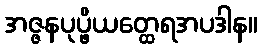
အဇ္ဇနပုပ္ဖိယတ္ထေရအပဒါန။